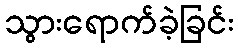
သွားရောက်ခဲ့ခြင်း